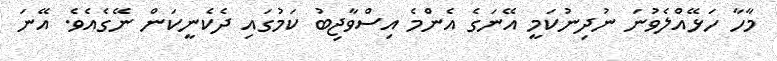
މާހާ ހަޅޭއްލެވުނަ ނުދިނުކަމީ އޭނަގެ އެންމެ އިސްވާޖިބު ކަމުގައި ދެކެނީކަން ނޭގެއެވެ. އޭނަ